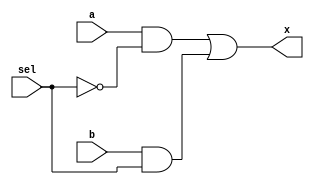
// mux_2_to_1.v
// Michael P. Lang
// 18 February 2013
// michael@mplang.net
//
// 2-to-1 multiplexer module.

module mux_2_to_1(x, a, b, sel); 
    input a, b, sel; 
    output x; 
    wire p, q, r; 

    not g1 (p, sel);
    and g2 (q, a, p), 
        g3 (r, b, sel);
    or  g4 (x, q, r); 
endmodule